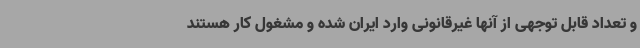
و تعداد قابل توجهی از آنها غیرقانونی وارد ایران شده و مشغول کار هستند